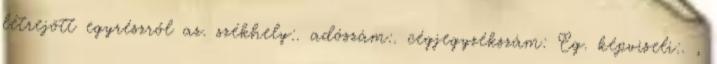
létrejött egyrészről az. székhely:. adószám:. cégjegyzékszám: Cg. képviseli:. ,